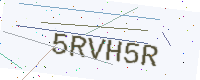
Text: 5RVH5R